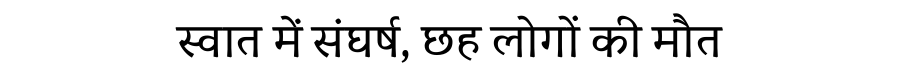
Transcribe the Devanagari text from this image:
स्वात में संघर्ष, छह लोगों की मौत